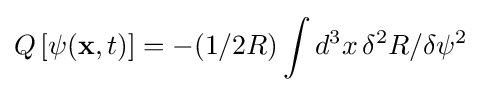
Q\left[\psi (\mathbf {x} ,t)\right]=-(1/2R)\int d^{3}x\,\delta ^{2}R/\delta \psi ^{2}